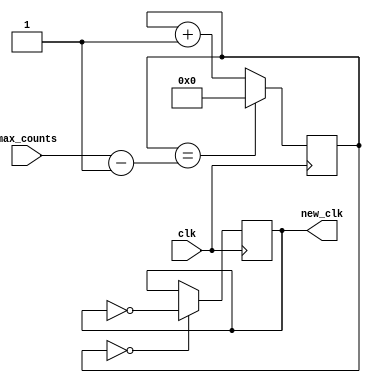
`timescale 1ns / 1ps
//////////////////////////////////////////////////////////////////////////////////
// Company: 
// Engineer: 
// 
// Design Name: 
// Module Name: slow_clock
// Project Name: 
// Target Devices: 
// Tool Versions: 
// Description: 
// 
// Dependencies: 
// 
// Revision:
// Revision 0.01 - File Created
// Additional Comments:
// 
//////////////////////////////////////////////////////////////////////////////////


module slow_clock(
    input clk, 
    input [31:0] max_counts,
    output reg new_clk = 0
    );
    
    // Formula for converting frequency to max_counts. Max Counts = 100M / required_frequency / 2 
    // Eg. 6.25MHz: (100M/6.25M) / 2 = 16/2 = 8 --> max_count = 8
    
    // 1Hz: counts = 50_000_000
    // 5Hz: counts = 10_000_000
    // 10Hz: counts = 5_000_000
    // 100Hz: counts = 500_000
    
    reg [31:0]counter_32bits = 1;
    
    always @(posedge clk)
    begin
        counter_32bits <= (counter_32bits == max_counts - 1) ? 0 : counter_32bits + 1;
        new_clk <= (counter_32bits == 0) ? ~new_clk : new_clk;
    end
endmodule